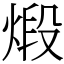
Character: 煅